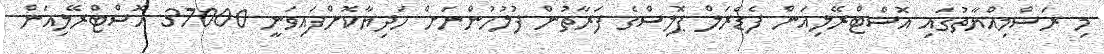
މި ރަސްމިއްޔާތުގައި އޮސްޓްރޭލިއަން ފެޑެރަލް ޕޮލިސްގެ ފަރާތުން ފުލުހުންނަށް ހަދިޔާކޮށްފައިވަނީ 37000 އޮސްޓްރޭލިއަން